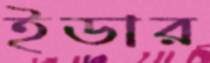
ইডার